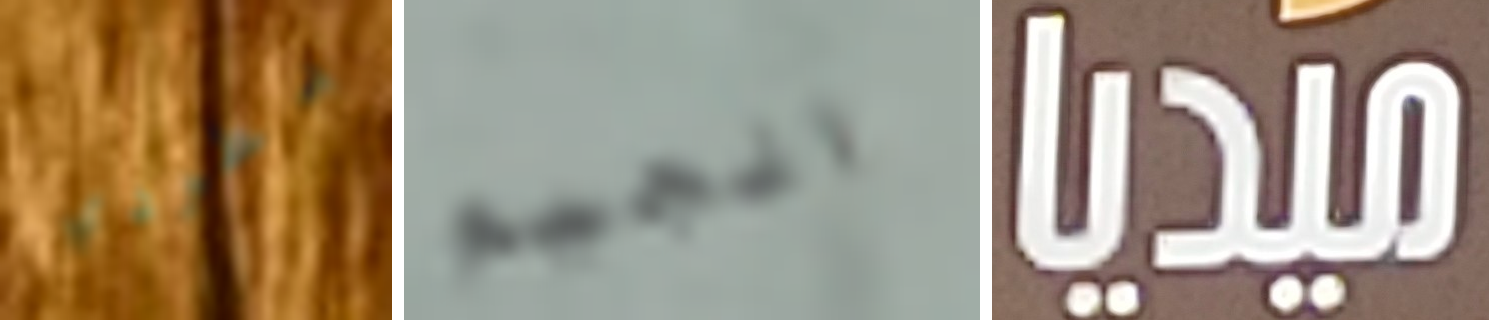
بطردي الجيم ميديا